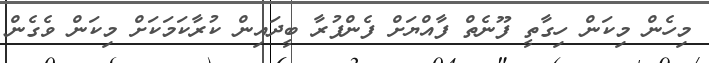
މިހެން މިކަން ހިގާތީ ފޫނެތް ފާއްޔަށް ފެންފުރާ ބީދައިން ކުރާކަމަކަށް މިކަން ވެގެން